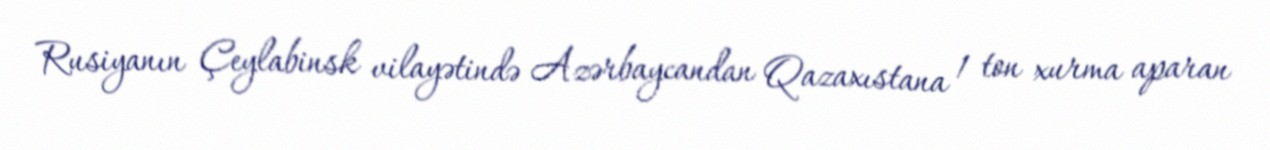
Rusiyanın Çeylabinsk vilayətində Azərbaycandan Qazaxıstana 1 ton xurma aparan